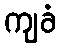
ကျခံ